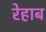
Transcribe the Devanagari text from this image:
रेहाब